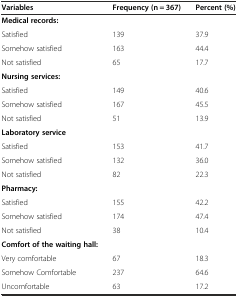
| Variables | Frequency (n = 367) | Percent (%) |
 | --- | --- | --- |
 | Medical records: |  |  |
 | Satisfied | 139 | 37.9 |
 | Somehow satisfied | 163 | 44.4 |
 | Not satisfied | 65 | 17.7 |
 | Nursing services: |  |  |
 | Satisfied | 149 | 40.6 |
 | Somehow satisfied | 167 | 45.5 |
 | Not satisfied | 51 | 13.9 |
 | Laboratory service |  |  |
 | Satisfied | 153 | 41.7 |
 | Somehow satisfied | 132 | 36.0 |
 | Not satisfied | 82 | 22.3 |
 | Pharmacy: |  |  |
 | Satisfied | 155 | 42.2 |
 | Somehow satisfied | 174 | 47.4 |
 | Not satisfied | 38 | 10.4 |
 | Comfort of the waiting hall: |  |  |
 | Very comfortable | 67 | 18.3 |
 | Somehow Comfortable | 237 | 64.6 |
 | Uncomfortable | 63 | 17.2 |